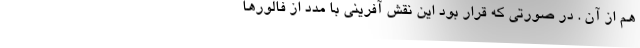
هم از آن . در صورتی‌ که قرار بود این نقش آفرینی با مدد از فالورها